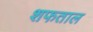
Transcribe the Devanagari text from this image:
शफताल